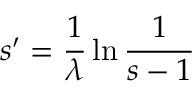
s ^ { \prime } = \frac { 1 } { \lambda } \ln { \frac { 1 } { s - 1 } }